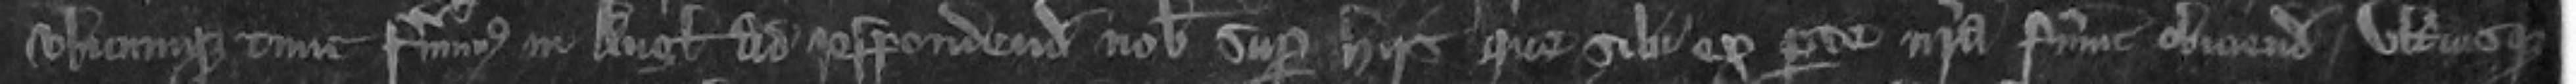
ubicumque tunc fuerimus in Anglie ad respondendum nobis super hiis que sibi ex parte nostra fuerunt obiciendum ulterius que